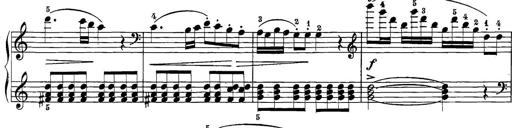
Title: 12 Sonatine per Pianoforte
Composer: Friedrich Kuhlau